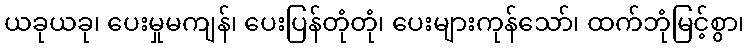
ယခုယခု၊ ပေးမှုမကျန်၊ ပေးပြန်တုံတုံ၊ ပေးများကုန်သော်၊ ထက်ဘုံမြင့်စွာ၊